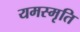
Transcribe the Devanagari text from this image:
यमस्मृति